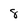
Character: 8